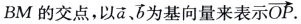
BM的交点，以\overrightarrow{a}、\overrightarrow{b}为基向量来表示 \overrightarrow{OP}.